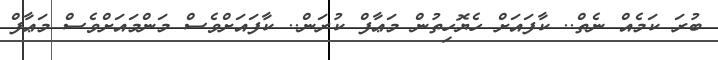
ބުރަ ކަމެއް ނެތް.. ކާފައަށް ހެޔޮހިތުން މަޢާފް ކުރަން.. ކާފައަށްވެސް މަންމައަށްވެސް މަޢާފް